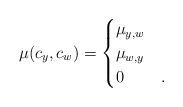
LaTeX: \begin{align*}\mu(c_{y},c_{w}) = \begin{cases} \mu_{y,w} &\\ \mu_{w,y} &\\ 0 &. \end{cases}\end{align*}